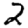
Digit: 2